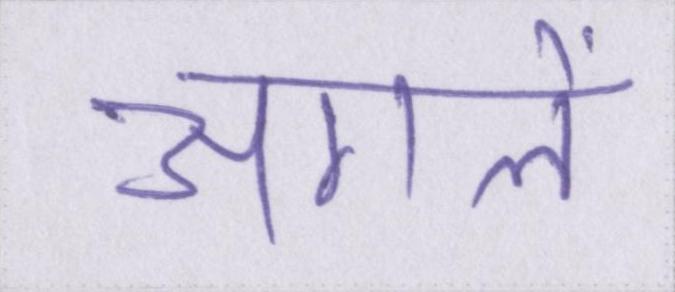
अगले